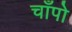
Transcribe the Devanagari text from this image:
चाँपो